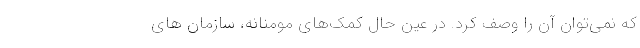
که نمی‌توان آن را وصف کرد. در عین حال کمک‌های مومنانه، سازمان های